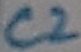
Text: C2